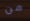
من